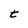
Character: t